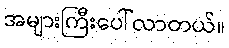
အများကြီးပေါ်လာတယ်။